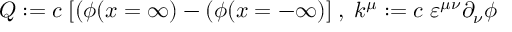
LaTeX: Q : = c \; [ ( \phi ( x = \infty ) - ( \phi ( x = - \infty ) ] \; , \; k ^ { \mu } : = c \; \varepsilon ^ { \mu \nu } \partial _ { \nu } \phi